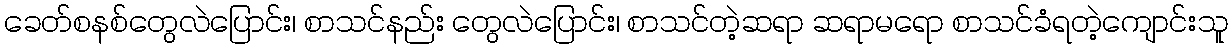
ခေတ်စနစ်တွေလဲပြောင်း၊ စာသင်နည်း တွေလဲပြောင်း၊ စာသင်တဲ့ဆရာ ဆရာမရော စာသင်ခံရတဲ့ကျောင်းသူ